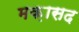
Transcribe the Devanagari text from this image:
मक़ासद